Madras plague regulations in force outside the Presidency town - Volume 1
Disease focus: Plague
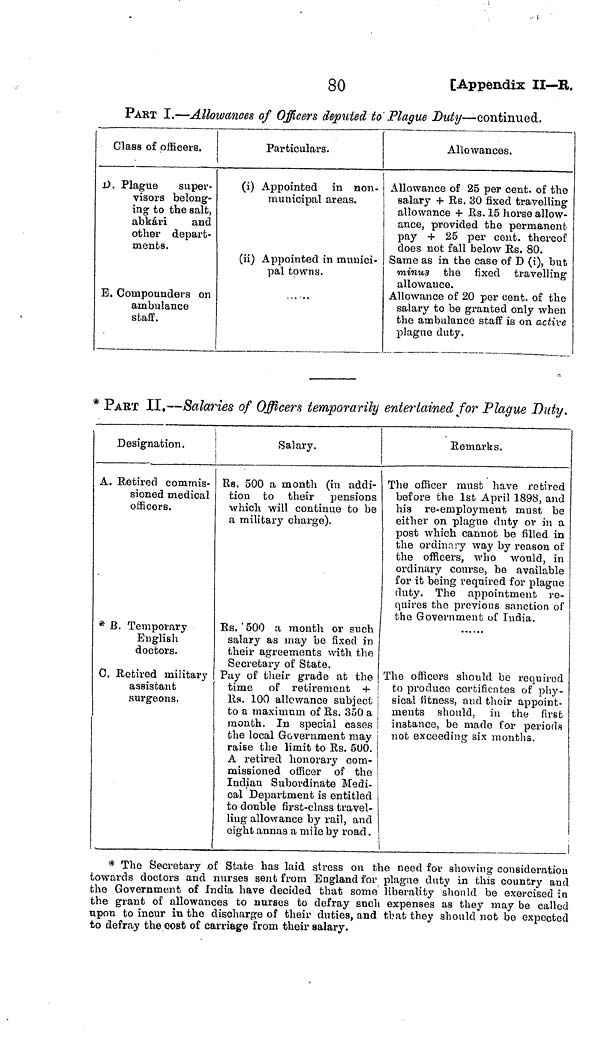
80
[Appendix II—R.
PART I.—Allowances of Officers deputed to' Plague Duty—continued.
Class of officers.
-
D. Plague super-
visors belong-
ing to the salt,
abkári
and
other depart-
ments.
E. Cotnpounders on
ambulance
staff.
Particulars.
(i) Appointed in non-
municipal areas.
(ii) Appointed in munici-
pal towns.
Allowances.
Allowance of 25 per cent, of the
salary + Rs. 30 fixed travelling
allowance + Rs. 15 horse allow-
ance, provided the permanent
pay + 25 per cent, thereof
does not fall below Rs. 80.
Same as in the case of D (i), but
minus the fixed travelling
allowance.
Allowance of 20 per cent, of the
salary to be granted only when
the ambulance staff is on active
plague duty.
* PART II.—Salaries of Officers temporarily entertained for Plague Duty.
Designation.
A. Retired commis-
sioned medical
officers.
* B. Temporary
English
doctors.
0. Retired military
assistant
surgeons.
Salary.
Rs. 500 a month (in addi-
tion to their pensions
which will continue to be
a military charge).
Rs. ' 500 a month or such
salary as may be fixed in
their agreements with the
Secretary of State.
Pay of their grade at the
time of retirement +
Rs. 100 allowance subject
to a maximum of Rs. 350 a
month. In special cases
the local Government may
raise the limit to Rs. 5UO.
A retired honorary com-
missioned officer of the
Indian Subordinate Medi-
cal Department is entitled
to double first-class travel-
Hug allowance by rail, and
eight annas a mile by road.
Remarks.
The officer must have retired
before the 1st April 1898, and
his re-employment must be
either on plague duty ov in a
post which cannot be filled in
the ordinary way by reason of
the officers, who would, in
ordinary course, be available
for it being required for plague
duty. The appointment re-
quires the previous sanction of
the Government of Iiidia.
The officers should be required
to produce certificates of phy-
sical fitness, and their appoint-
ments should, in the first
instance, be made for periods
not exceeding six months.
i
* The Secretary of State has laid stress on the need for showing consideration
towards doctors and nurses sent from England for plague duty in this country and
the Government of India have decided that some' liberality should be exercised in
the grant of allowances to nurses to defray sncli expenses as they may be called
upon to incur in the discharge of their duties, and that they should not be expected
to defray the cost of carriage from their salary.